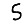
Digit: 5